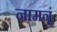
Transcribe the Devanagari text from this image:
नामनुं